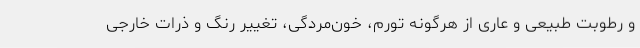
و رطوبت طبیعی و عاری از هرگونه تورم، خون‌مردگی، تغییر رنگ و ذرات خارجی